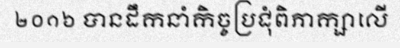
២០១៦ បានដឹកនាំកិច្ចប្រជុំពិភាក្សាលើ